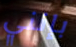
بإنني